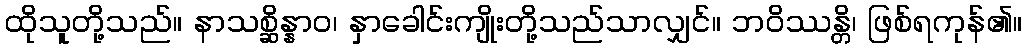
ထိုသူတို့သည်။ နာသစ္ဆိန္နာဝ၊ နှာခေါင်းကျိုးတို့သည်သာလျှင်။ ဘဝိဿန္တိ၊ ဖြစ်ရကုန်၏။